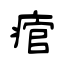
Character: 痯